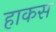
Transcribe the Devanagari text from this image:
हाकस